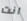
انت